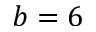
b = 6